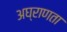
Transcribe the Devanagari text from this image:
अघ्राणता